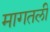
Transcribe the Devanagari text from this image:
मागतली